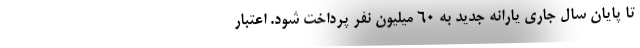
تا پایان سال جاری یارانه جدید به 60 میلیون نفر پرداخت شود. اعتبار